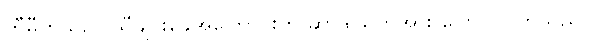
ကီမီကိုသည် သီချင်းခွေအကြောင်းကို ဆာဒါယုကိအား ပြောပြလိုက်သည်။